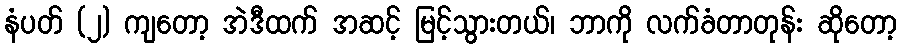
နံပတ် (၂) ကျတော့ အဲဒီထက် အဆင့် မြင့်သွားတယ်၊ ဘာကို လက်ခံတာတုန်း ဆိုတော့